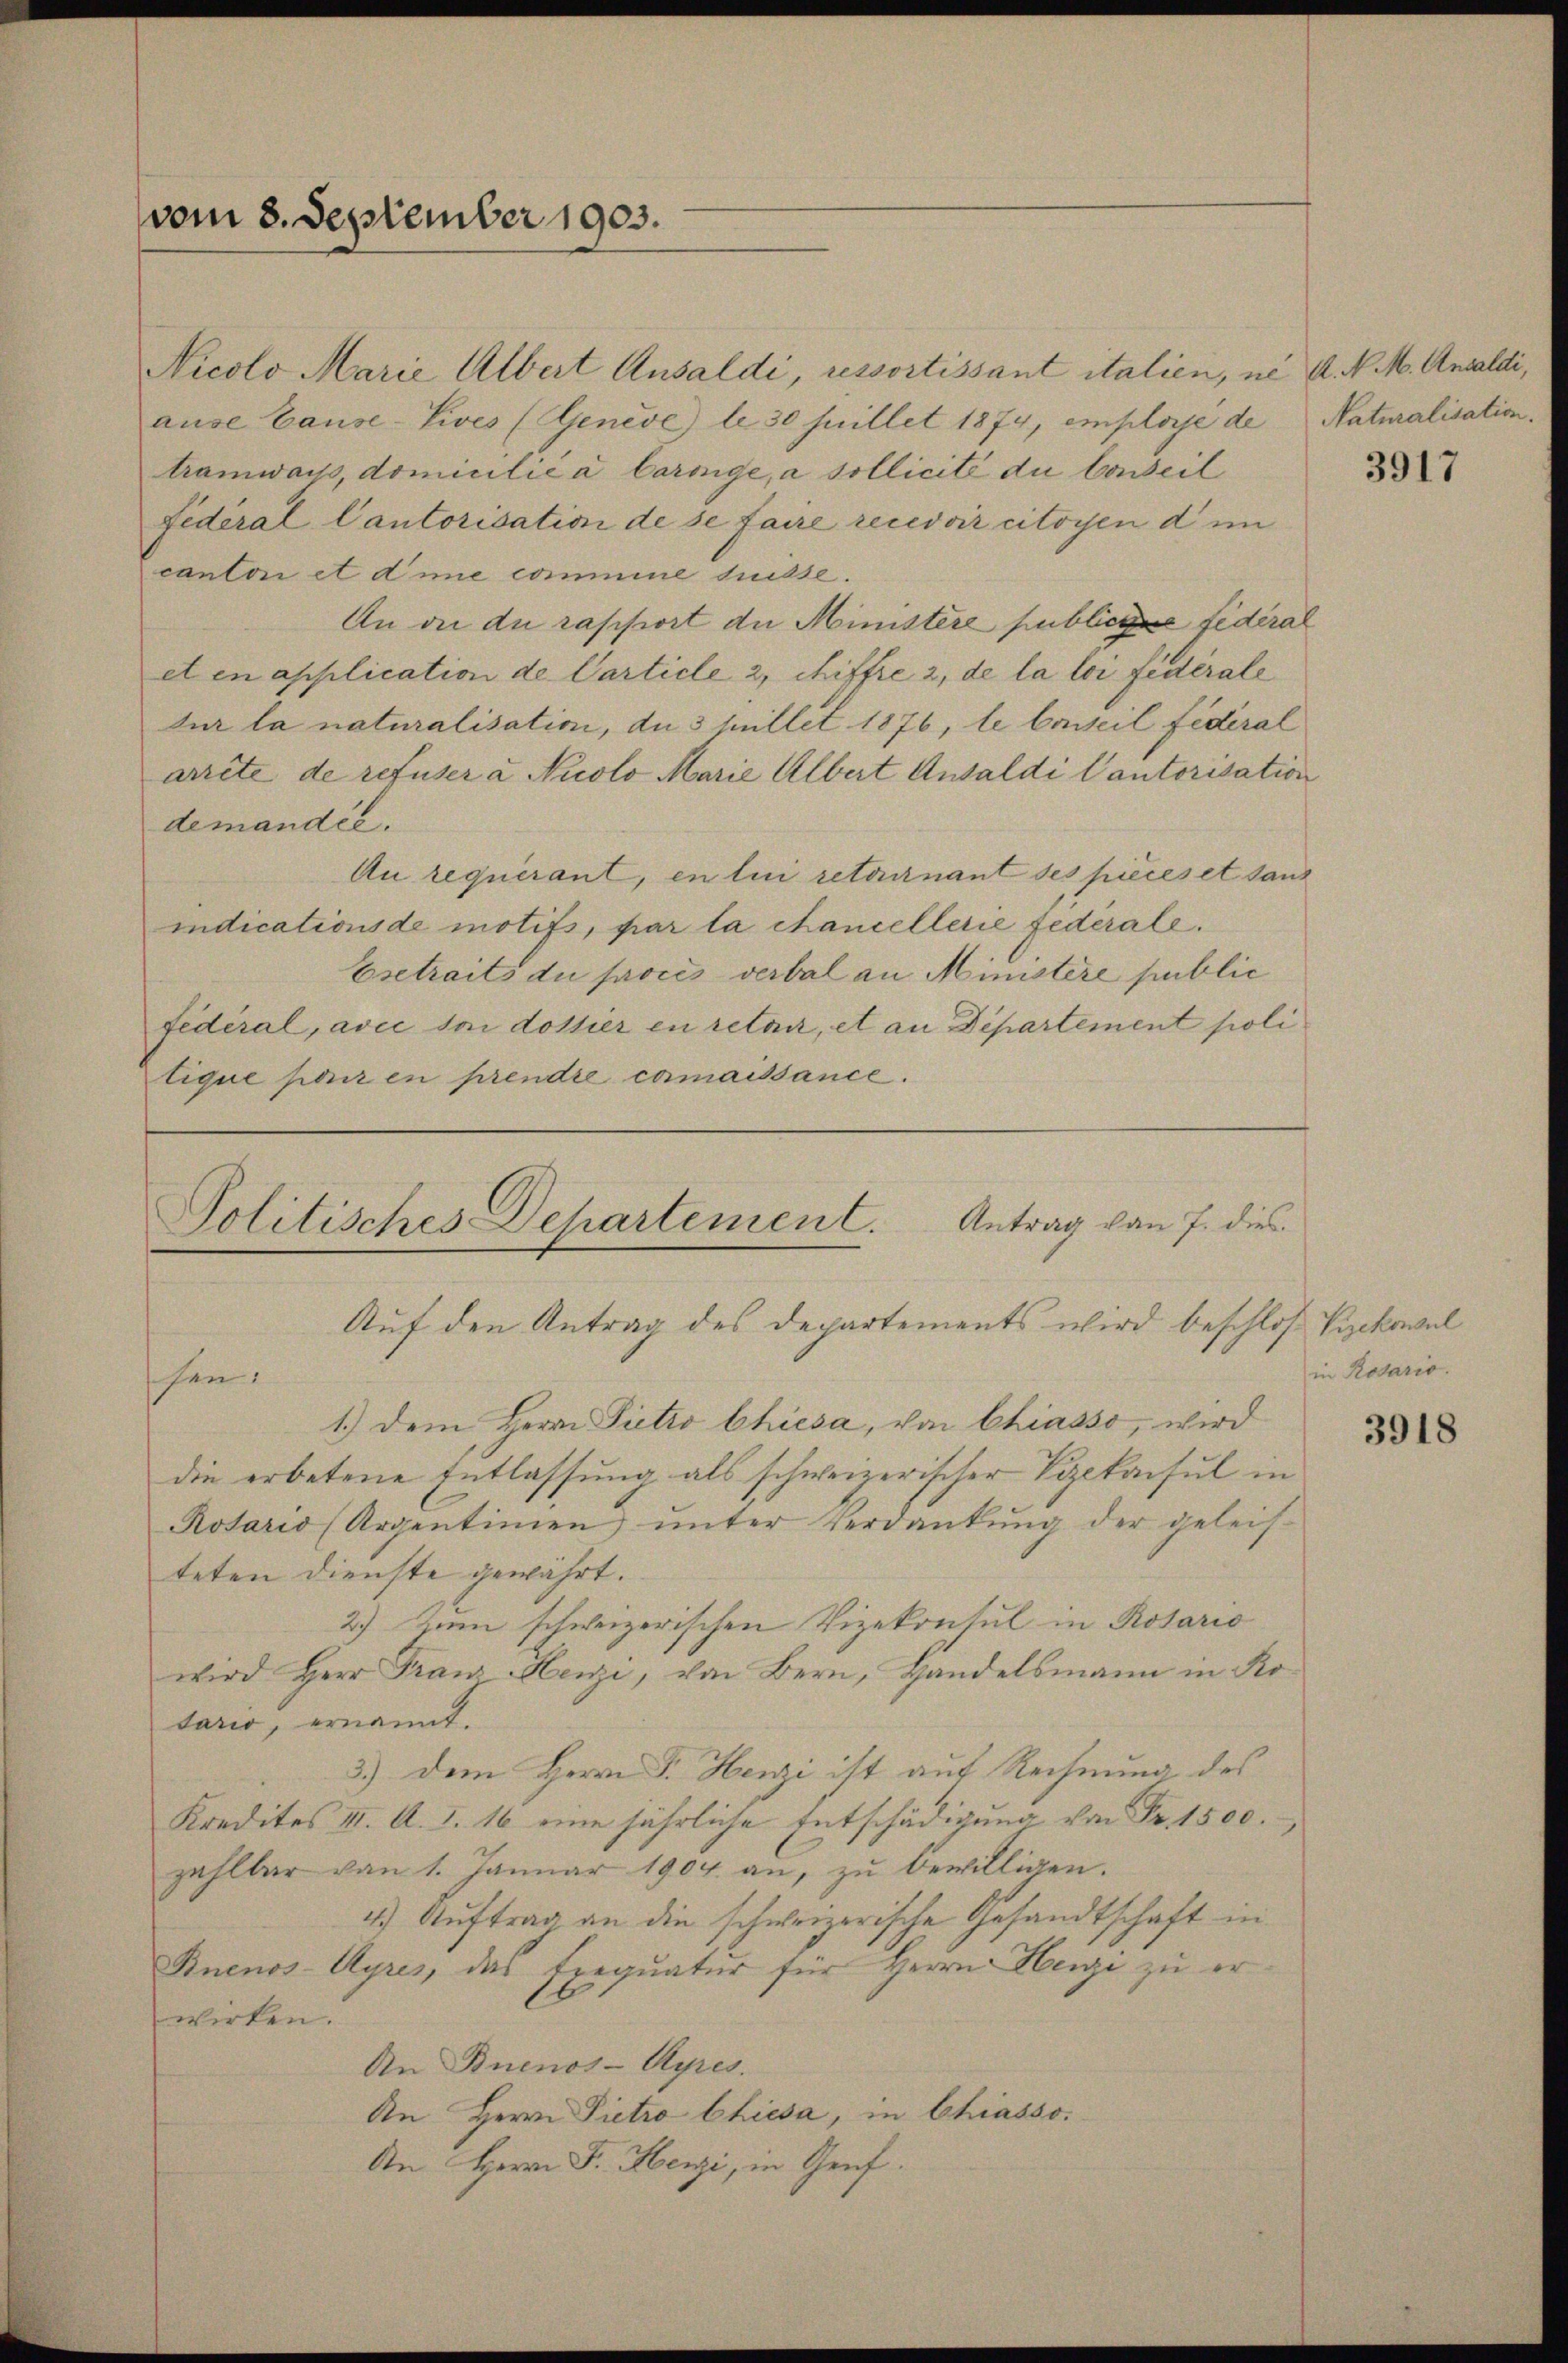
vom 3. September 1903.

Nicolo Marie Albert Ansaldi, ressortissant italien, ne A. N. M. Ansaldi,
ause Cause-Vives (Genève) le 30 Juillet 1874, employé de Naturalisation
tramwar, domicilić a Caringe, a sollicité du beweil
Fidéral Cantorisation de se faire recevoir citoyen d im
canton et dime commene suisse.
An die du rapport an Ministere publiche fidéral
et en application de Carticle 2, chiffre 2, de la loi fédérale
sur la naturalisation, an 3 Millet 1876, le Conseil fédéral
arrete de refuser a Nicolo Marie Albert Ausaldi Cantorisation
demandée.
Au requérant, en lui retournant ses pièces et sand
indicationsde motifs, par la chancellerie federale.
Esetraits du proces verbal an Ministere public
fédéral, avec so dottier en retair, et an Departement poli
lique par en prendre camaissance.

Politisches Departement.

Antrag von 7. dies

Auf den Antrag des Departements wird beschloß Syckowel
schen.
1.) Dem Herrn Pietro Chiesa, von Chiasso, wird
die erbetene Entlassung als schweizerischer Vizekonsul in
Rotario (Argentimen ŭnter Verdankŭng der geleis-
teten Dienste gewährt.
2) Zum schweizerischen Vizekonsul in Rotario
wird Herr Franz Henzi, von Bern, Handelsmann in Kotario, ernannt.
3.) Dem Herrn F. Henzi ist auf Rechnung des
Kredites III. A. S. 16 eine jährliche Entschädigung von Fr. 1500.
zahlbar von 1. Januar 1904. an, zu bewilligen.
4.) Auftrag an die schweizerische Gesandtschaft in
Buenos-Ayres, das Exequatur für Herrn Herge zu erwirken.
An Buenos-Ayres.
An Herrn Pietro Chiesa, in Chiasso.
An Herrn F. Henzi, in Genf.

3917

in Rosario.

3918